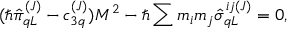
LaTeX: ( \hbar \hat { \pi } _ { q L } ^ { ( J ) } - c _ { 3 q } ^ { ( J ) } ) M ^ { 2 } - \hbar \sum m _ { i } m _ { j } \hat { \sigma } _ { q L } ^ { i j ( J ) } = 0 ,